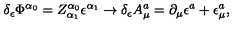
\delta _ { \epsilon } \Phi ^ { \alpha _ { 0 } } = Z _ { \alpha _ { 1 } } ^ { \alpha _ { 0 } } \epsilon ^ { \alpha _ { 1 } } \rightarrow \delta _ { \epsilon } A _ { \mu } ^ { a } = \partial _ { \mu } \epsilon ^ { a } + \epsilon _ { \mu } ^ { a } ,